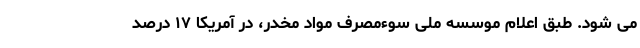
می شود. طبق اعلام موسسه ملی سوء‌مصرف مواد مخدر، در آمریکا ۱۷ درصد